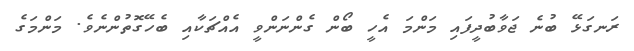
ރަނގަޅޭ ބުނެ ޖަވާބުދީފައި މަންމަ އެހީ ބޯން ގެންނަންވީ އެއްޗަކާއި ބެހޭގޮތުންނެވެ. މަންމަގެ